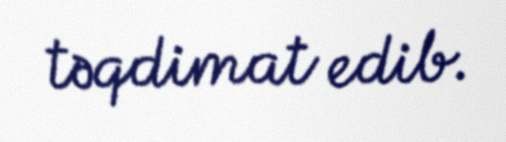
təqdimat edib.